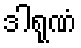
ဒါရုဏံ